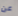
عن